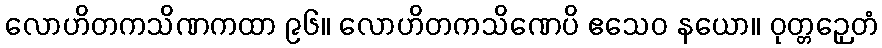
လောဟိတကသိဏကထာ ၉၆။ လောဟိတကသိဏေပိ ဧသေဝ နယော။ ဝုတ္တဉှေတံ